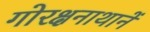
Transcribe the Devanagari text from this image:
गोरक्षनाथानें